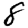
Digit: 8